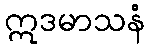
ဣဒမာသနံ